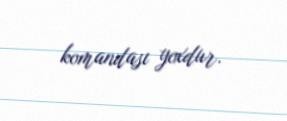
komandası yoxdur.